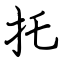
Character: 托